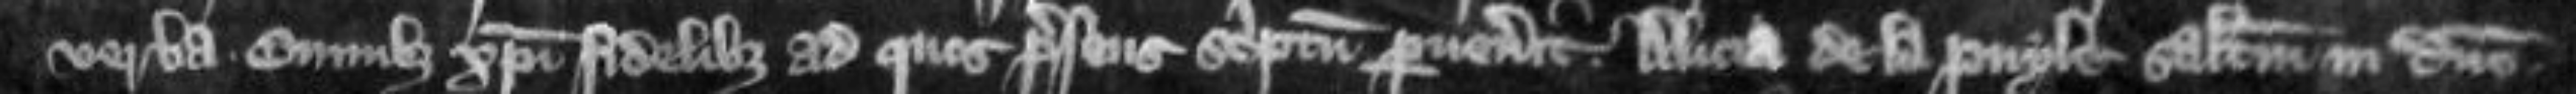
verba Omnibus Christi fidelibus ad quos presens scriptum pervenerit Alicia de la Puyle salutem in domino